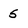
Character: 5